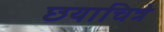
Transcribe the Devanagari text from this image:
छयाचित्रे